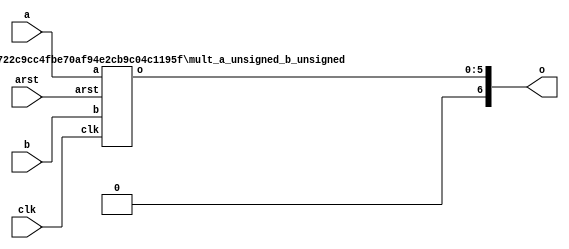
module mult_wrapper
#(
	parameter	A_WIDTH		= 3,
	parameter	B_WIDTH		= 3,
	parameter	A_SIGNED	= "FALSE",
	parameter	B_SIGNED	= "FALSE",
	parameter	LATENCY		= 1
)
(
	// input
	arst,
	clk,
	
	// output
	a,
	b,
	o
);

localparam	Q_WIDTH		= A_WIDTH+B_WIDTH;

input	arst;
input	clk;
	
input	[A_WIDTH-1:0]	a;
input	[B_WIDTH-1:0]	b;
output	[Q_WIDTH  :0]	o;

generate
	if (A_SIGNED == "TRUE" && B_SIGNED == "TRUE")
	begin
		wire	[Q_WIDTH-1:0]w_o;
		
		mult_a_signed_b_signed
		#(
			.A_WIDTH(A_WIDTH),
			.B_WIDTH(B_WIDTH),
			.Q_WIDTH(Q_WIDTH),
			.LATENCY(LATENCY)
		)
		inst_mult_a_signed_b_signed
		(
			.arst(arst),
			.clk(clk),
			.a(a),
			.b(b),
			.o(w_o)
		);
		
		assign	o = {w_o[Q_WIDTH-1], w_o};
	end
	else if (A_SIGNED == "TRUE")
	begin
		wire	[Q_WIDTH:0]w_o;
		
		mult_a_signed_b_signed
		#(
			.A_WIDTH(A_WIDTH),
			.B_WIDTH(B_WIDTH+1),
			.Q_WIDTH(Q_WIDTH+1),
			.LATENCY(LATENCY)
		)
		inst_mult_a_signed_b_unsigned
		(
			.arst(arst),
			.clk(clk),
			.a(a),
			.b({1'b0, b}),
			.o(w_o)
		);
		
		assign	o = w_o;
	end
	else if (B_SIGNED == "TRUE")
	begin
		wire	[Q_WIDTH:0]w_o;
		
		mult_a_signed_b_signed
		#(
			.A_WIDTH(A_WIDTH+1),
			.B_WIDTH(B_WIDTH),
			.Q_WIDTH(Q_WIDTH+1),
			.LATENCY(LATENCY)
		)
		inst_mult_a_unsigned_b_signed
		(
			.arst(arst),
			.clk(clk),
			.a({1'b0, a}),
			.b(b),
			.o(w_o)
		);
		
		assign	o = w_o;
	end
	else
	begin
		wire	[Q_WIDTH-1:0]w_o;
		
		mult_a_unsigned_b_unsigned
		#(
			.A_WIDTH(A_WIDTH),
			.B_WIDTH(B_WIDTH),
			.Q_WIDTH(Q_WIDTH),
			.LATENCY(LATENCY)
		)
		inst_mult_a_unsigned_b_unsigned
		(
			.arst(arst),
			.clk(clk),
			.a(a),
			.b(b),
			.o(w_o)
		);
		
		assign	o = {1'b0, w_o};
	end
endgenerate

endmodule

module mult_a_unsigned_b_unsigned
#(
	parameter	A_WIDTH		= 3,
	parameter	B_WIDTH		= 3,
	parameter	Q_WIDTH		= A_WIDTH+B_WIDTH,
	parameter	LATENCY		= 1
)
(
	input	arst,
	input	clk,
	
	input	[A_WIDTH-1:0]	a,
	input	[B_WIDTH-1:0]	b,
	output	[Q_WIDTH-1:0]	o
);

reg		[A_WIDTH-1:0]r_a_1P;
reg		[B_WIDTH-1:0]r_b_1P;
reg		[Q_WIDTH-1:0]r_q_P[LATENCY:0];

wire	[Q_WIDTH-1:0]w_q;
wire	[Q_WIDTH-1:0]w_o;

genvar i;
generate
	if (LATENCY < 1)
		assign	w_q	= a*b;
	else
	begin
		always@(posedge arst or posedge clk)
		begin
			if (arst)
			begin
				r_a_1P	<= {A_WIDTH{1'b0}};
				r_b_1P	<= {B_WIDTH{1'b0}};
			end
			else
			begin
				r_a_1P	<= a;
				r_b_1P	<= b;
			end
		end
		
		assign	w_q	= r_a_1P*r_b_1P;
	end
	
	always@(posedge arst or posedge clk)
	begin
		if (arst)
			r_q_P[0]	<= {Q_WIDTH{1'b0}};
		else
			r_q_P[0]	<= w_q;
	end
	
	for (i=1; i<LATENCY; i=i+1)
	begin: pipeline
		always@(posedge arst or posedge clk)
		begin
			if (arst)
				r_q_P[i]	<= {Q_WIDTH{1'b0}};
			else
				r_q_P[i]	<= r_q_P[i-1];
		end
	end
	
	if (LATENCY < 2)
		assign	w_o	= w_q;
	else if (LATENCY < 3)
		assign	w_o	= r_q_P[0];
	else
		assign	w_o	= r_q_P[LATENCY-2];
	
endgenerate

assign	o	= w_o;

endmodule

module mult_a_signed_b_signed
#(
	parameter	A_WIDTH		= 3,
	parameter	B_WIDTH		= 3,
	parameter	Q_WIDTH		= A_WIDTH+B_WIDTH,
	parameter	LATENCY		= 1
)
(
	input	arst,
	input	clk,
	
	input signed	[A_WIDTH-1:0]	a,
	input signed	[B_WIDTH-1:0]	b,
	output signed	[Q_WIDTH-1:0]	o
);

reg signed	[A_WIDTH-1:0]r_a_1P;
reg signed	[B_WIDTH-1:0]r_b_1P;
reg signed	[Q_WIDTH-1:0]r_q_P[LATENCY:0];

wire signed	[Q_WIDTH-1:0]w_q;
wire signed	[Q_WIDTH-1:0]w_o;

genvar i;
generate
	if (LATENCY < 1)
		assign	w_q	= a*b;
	else
	begin
		always@(posedge arst or posedge clk)
		begin
			if (arst)
			begin
				r_a_1P	<= {A_WIDTH{1'b0}};
				r_b_1P	<= {B_WIDTH{1'b0}};
			end
			else
			begin
				r_a_1P	<= a;
				r_b_1P	<= b;
			end
		end
		
		assign	w_q	= r_a_1P*r_b_1P;
	end
	
	always@(posedge arst or posedge clk)
	begin
		if (arst)
			r_q_P[0]	<= {Q_WIDTH{1'b0}};
		else
			r_q_P[0]	<= w_q;
	end
	
	for (i=1; i<LATENCY; i=i+1)
	begin: pipeline
		always@(posedge arst or posedge clk)
		begin
			if (arst)
				r_q_P[i]	<= {Q_WIDTH{1'b0}};
			else
				r_q_P[i]	<= r_q_P[i-1];
		end
	end
	
	if (LATENCY < 2)
		assign	w_o	= w_q;
	else if (LATENCY < 3)
		assign	w_o	= r_q_P[0];
	else
		assign	w_o	= r_q_P[LATENCY-2];
	
endgenerate

assign	o	= w_o;

endmodule